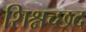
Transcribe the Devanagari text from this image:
शिश्नच्छद